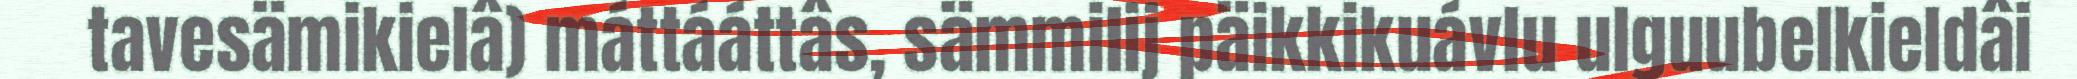
tavesämikielâ) máttááttâs, sämmilij päikkikuávlu ulguubelkieldâi